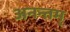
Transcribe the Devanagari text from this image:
अनन्तम्